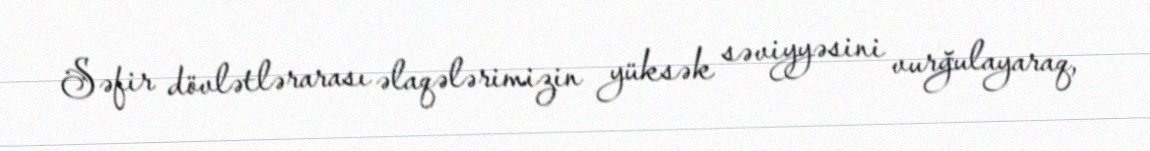
Səfir dövlətlərarası əlaqələrimizin yüksək səviyyəsini vurğulayaraq,